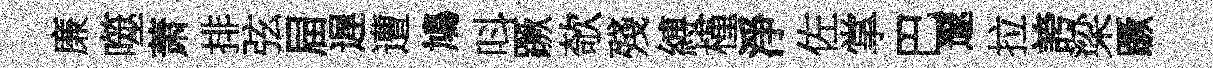
廉噬萧排弦屇遅遭鳩呌蹶欹殘縛槿淨佐掌巴邃拉誇梁蹶